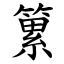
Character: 䉂